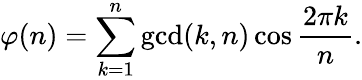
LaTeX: \varphi(n)=\sum_{k=1}^{n}\operatorname*{gcd}(k,n)\cos{\frac{2\pi k}{n}}.